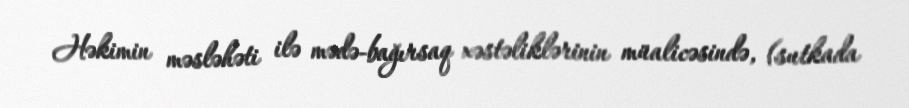
Həkimin məsləhəti ilə mədə-bağırsaq xəstəliklərinin müalicəsində, (sutkada